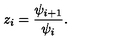
z _ { i } = \frac { \psi _ { i + 1 } } { \psi _ { i } } .